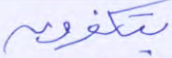
يتفكرون